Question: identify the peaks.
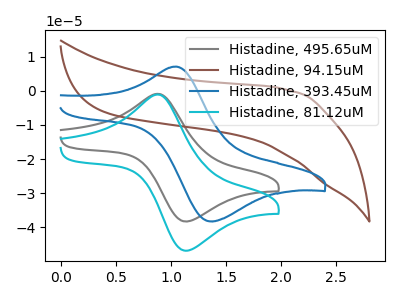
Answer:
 <answer>The gray curve "Histadine, 495.65uM" has an anodic peak at (0.90V, -0.90uA) and a cathodic peak at (1.10V, -38.25uA). The brown curve "Histadine, 94.15uM" has no peaks. The blue curve "Histadine, 393.45uM" has an anodic peak at (1.05V, 7.10uA) and a cathodic peak at (1.35V, -38.25uA). The cyan curve "Histadine, 81.12uM" has an anodic peak at (0.90V, -1.10uA) and a cathodic peak at (1.10V, -46.80uA).</answer>
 <eval></eval>